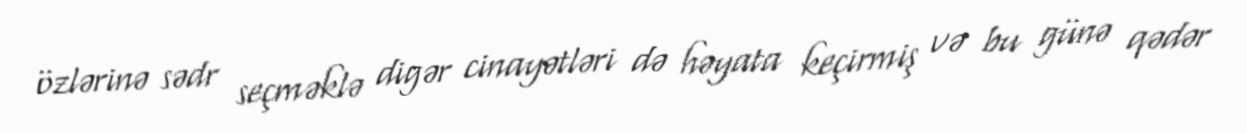
özlərinə sədr seçməklə digər cinayətləri də həyata keçirmiş və bu günə qədər